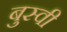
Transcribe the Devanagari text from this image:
बुस्वी